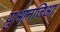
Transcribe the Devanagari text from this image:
युआनजिआ